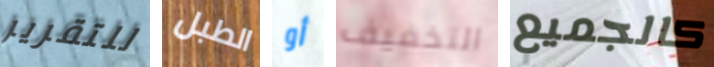
للتقرير الطبل أو التخفيف كالجميع